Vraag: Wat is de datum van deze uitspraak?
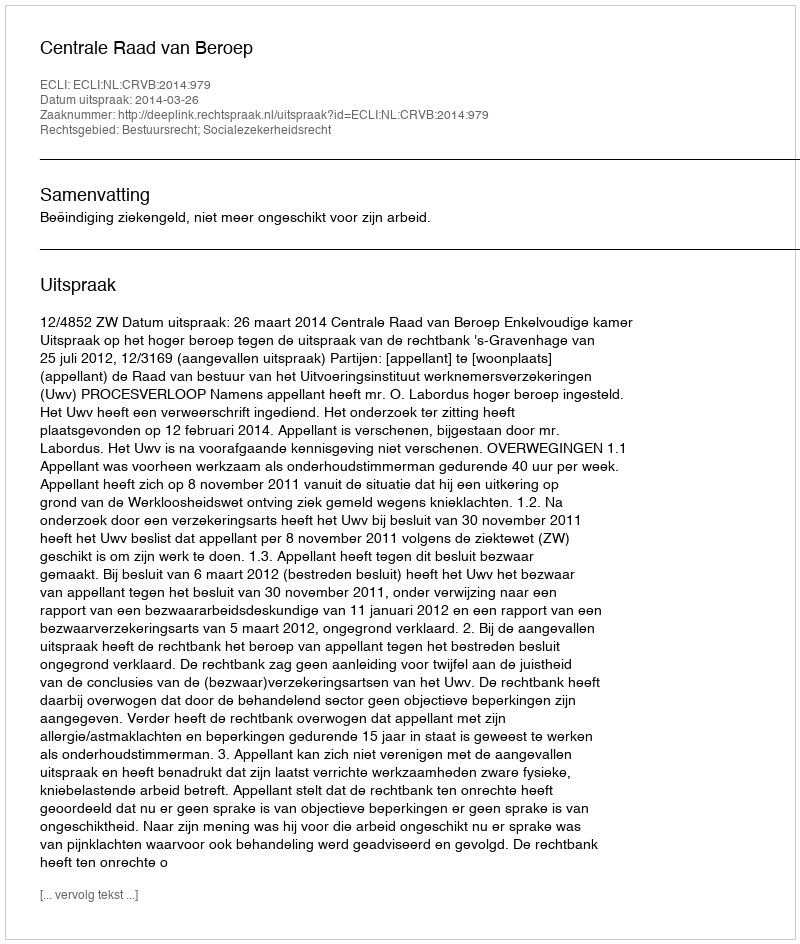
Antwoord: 2014-03-26